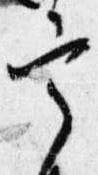
宰